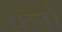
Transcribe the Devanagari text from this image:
फ़र्नां